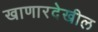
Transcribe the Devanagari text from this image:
खाणारदेखील